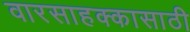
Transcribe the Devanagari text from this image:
वारसाहक्कासाठी